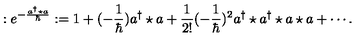
: e ^ { - \frac { a ^ { \dagger } \star a } { \hbar } } : = 1 + ( - \frac { 1 } { \hbar } ) a ^ { \dagger } \star a + \frac { 1 } { 2 ! } ( - \frac { 1 } { \hbar } ) ^ { 2 } a ^ { \dagger } \star a ^ { \dagger } \star a \star a + \cdots .